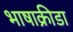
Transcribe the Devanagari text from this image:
भाषाक्रीडा